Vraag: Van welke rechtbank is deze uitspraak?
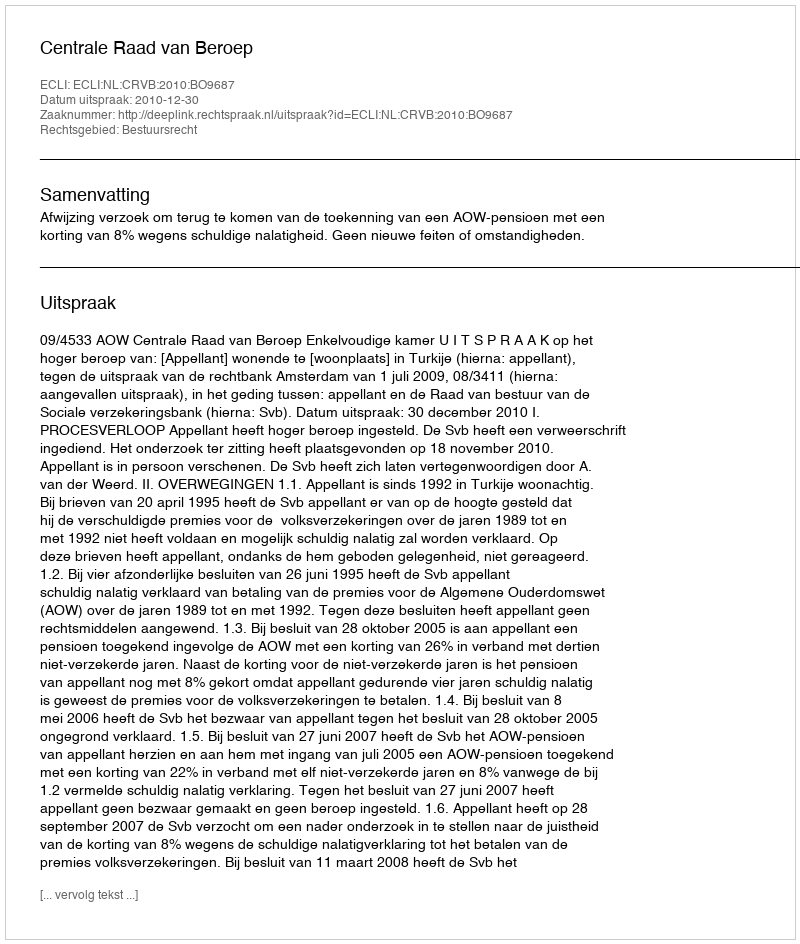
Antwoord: Centrale Raad van Beroep